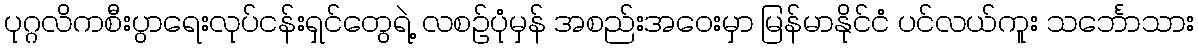
ပုဂ္ဂလိကစီးပွာရေးလုပ်ငန်းရှင်တွေရဲ့ လစဉ်ပုံမှန် အစည်းအဝေးမှာ မြန်မာနိုင်ငံ ပင်လယ်ကူး သင်္ဘောသား